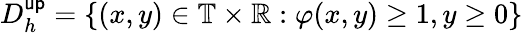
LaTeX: D_{h}^{\mathsf{up}}=\{ (x,y)\in\mathbb{T}\times\mathbb{R}:\varphi(x,y)\geq 1,y\geq 0\}